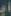
اب